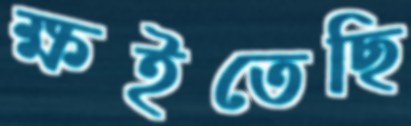
ক্ষইতেছি